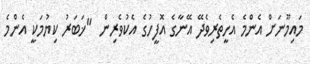
މައިމޫނަށް އެންމެ އެހީތެރިވެދޭ އޭނާގެ އޮފީހުގެ އެކުވެރިން  "ޚަބަރު ކިޔުމަކީ އެންމެ